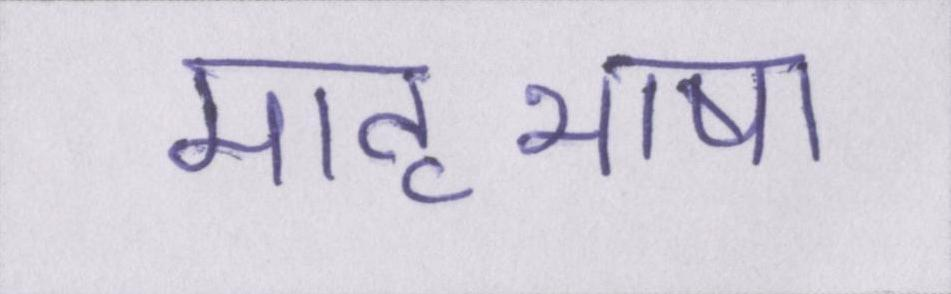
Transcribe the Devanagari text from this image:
मातृभाषा